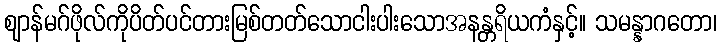
ဈာန်မဂ်ဖိုလ်ကိုပိတ်ပင်တားမြစ်တတ်သောငါးပါးသောအနန္တရိယကံနှင့်။ သမန္နာဂတော၊